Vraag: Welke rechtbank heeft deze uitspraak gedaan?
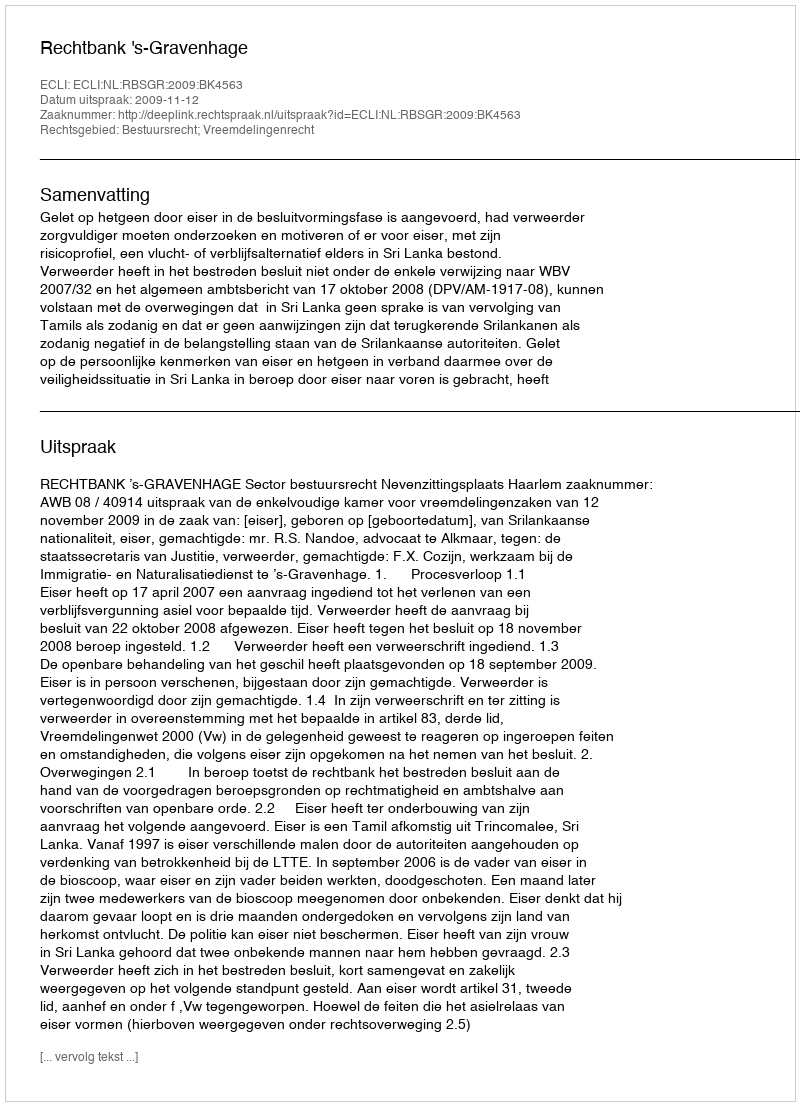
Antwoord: Rechtbank 's-Gravenhage